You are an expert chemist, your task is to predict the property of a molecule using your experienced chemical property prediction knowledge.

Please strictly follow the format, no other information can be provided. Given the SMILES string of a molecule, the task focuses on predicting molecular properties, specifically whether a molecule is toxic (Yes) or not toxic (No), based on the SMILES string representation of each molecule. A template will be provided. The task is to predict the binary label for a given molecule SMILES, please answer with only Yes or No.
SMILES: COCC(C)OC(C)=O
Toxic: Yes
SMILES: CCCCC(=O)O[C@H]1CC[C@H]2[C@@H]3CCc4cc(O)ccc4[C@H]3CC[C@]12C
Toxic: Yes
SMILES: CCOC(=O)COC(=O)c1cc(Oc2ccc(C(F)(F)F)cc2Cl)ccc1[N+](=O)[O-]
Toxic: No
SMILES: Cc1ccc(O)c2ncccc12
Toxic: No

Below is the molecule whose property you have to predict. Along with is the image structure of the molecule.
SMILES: O=C1C(Cl)=C(Cl)C(=O)c2ccccc21
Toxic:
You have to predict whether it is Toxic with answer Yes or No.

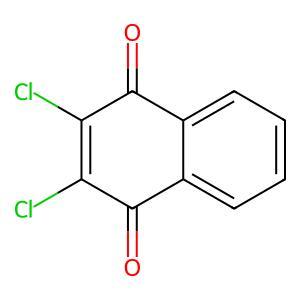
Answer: No